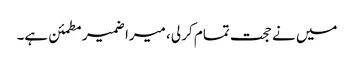
میں نے حجت تمام کر لی، میرا ضمیر مطمئن ہے۔